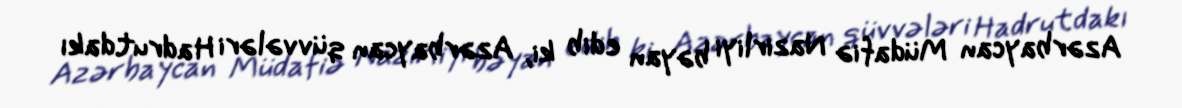
Azərbaycan Müdafiə Nazirliyi bəyan edib ki, Azərbaycan qüvvələri Hadrutdakı